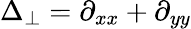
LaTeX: \Delta_{\perp}=\partial_{xx}+\partial_{yy}